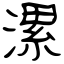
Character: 漯